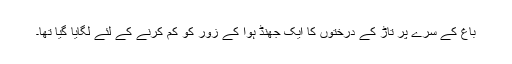
باغ کے سرے پر تاڑ کے درختوں کا ایک جھنڈ ہوا کے زور کو کم کرنے کے لئے لگایا گیا تھا۔